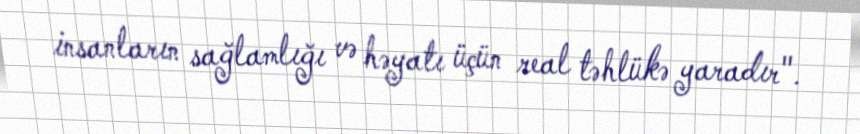
insanların sağlamlığı və həyatı üçün real təhlükə yaradır".